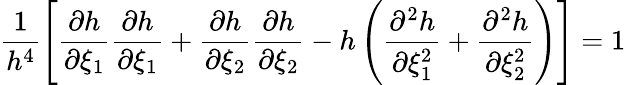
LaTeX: \frac{1}{h^{4}}\left[\frac{\partial h}{\partial\xi_{1}}\frac{\partial h}{\partial\xi_{1}}+\frac{\partial h}{\partial\xi_{2}}\frac{\partial h}{\partial\xi_{2}}-h\left(\frac{\partial^{2}h}{\partial\xi_{1}^{2}}+\frac{\partial^{2}h}{\partial\xi_{2}^{2}}\right)\right]=1